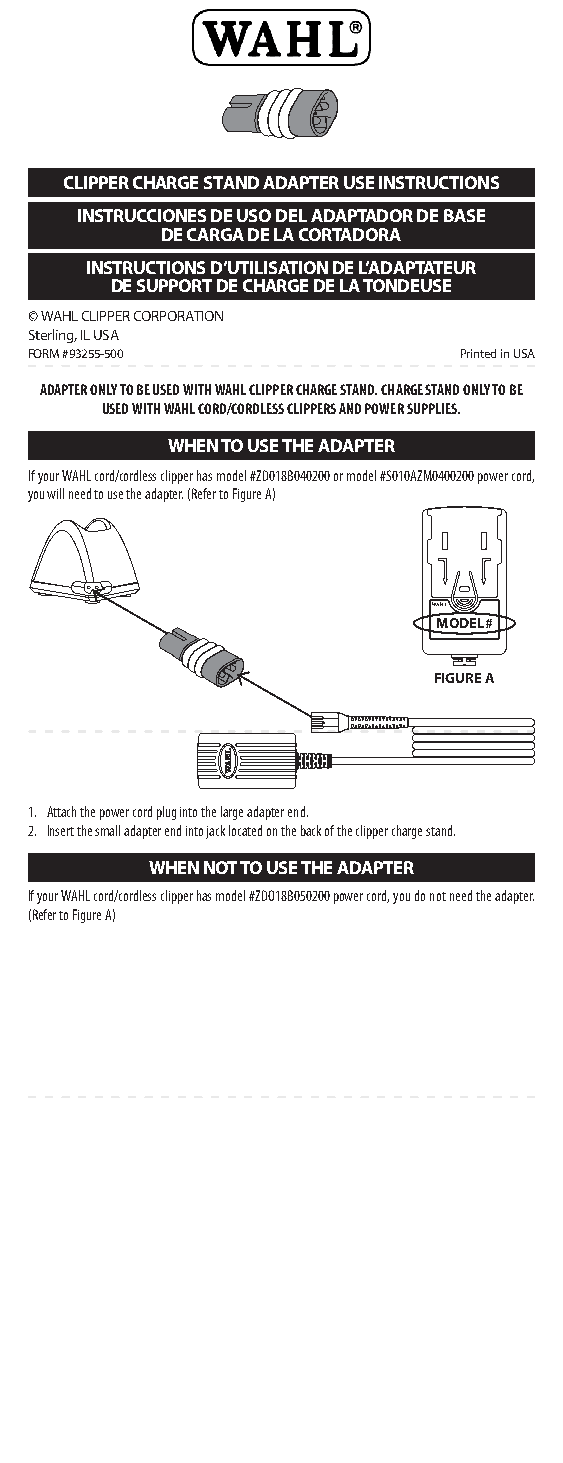
CLIPPER CHARGE STAND ADAPTER USE INSTRUCTIONS
 INSTRUCCIONES DE USO DEL ADAPTADOR DE BASE
 DE CARGA DE LA CORTADORA
 INSTRUCTIONS D’UTILISATION DE L’ADAPTATEUR
 DE SUPPORT DE CHARGE DE LA TONDEUSE
 © WAHL CLIPPER CORPORATION
 Sterling, IL USA
 FORM #93255-500             Printed in USA
 ADAPTER ONLY TO BE USED WITH WAHL CLIPPER CHARGE STAND. CHARGE STAND ONLY TO BE
 USED WITH WAHL CORD/CORDLESS CLIPPERS AND POWER SUPPLIES.
 WHEN TO USE THE ADAPTER
 If your WAHL cord/cordless clipper has model #ZD018B040200 or model #S010AZM0400200 power cord,
 you will need to use the adapter. (Refer to Figure A)
 MODEL#
 FIGURE A
 1. Attach the power cord plug into the large adapter end.
 2. Insert the small adapter end into jack located on the back of the clipper charge stand.
 WHEN NOT TO USE THE ADAPTER
 If your WAHL cord/cordless clipper has model #ZDO18B050200 power cord, you do not need the adapter.
 (Refer to Figure A)